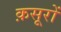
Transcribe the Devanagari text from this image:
क़सूरों